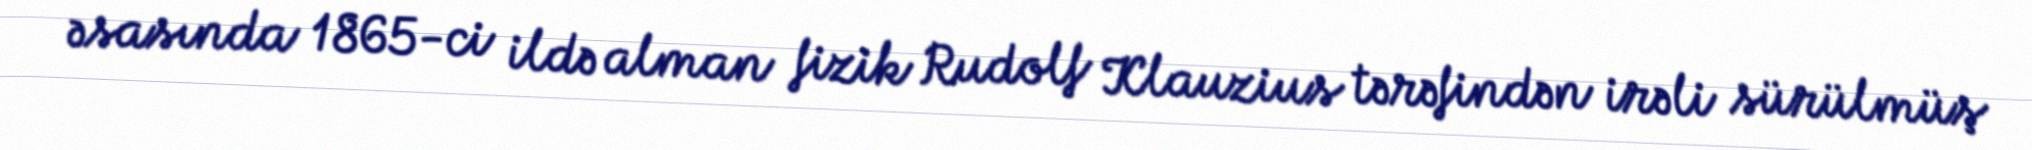
əsasında 1865-ci ildə alman fizik Rudolf Klauzius tərəfindən irəli sürülmüş